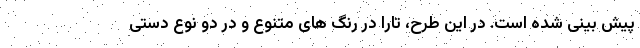
پیش بینی شده است. در این طرح،‌ تارا در رنگ های متنوع و در دو نوع دستی